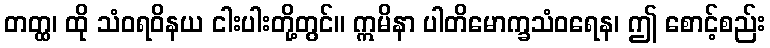
တတ္ထ၊ ထို သံဝရဝိနယ ငါးပါးတို့တွင်။ ဣမိနာ ပါတိမောက္ခသံဝရေန၊ ဤ စောင့်စည်း